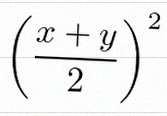
\left(\frac{x+y}{2}\right)^2